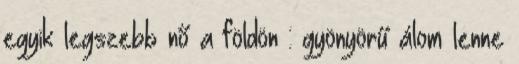
egyik legszebb nő a földön : gyönyörű álom lenne